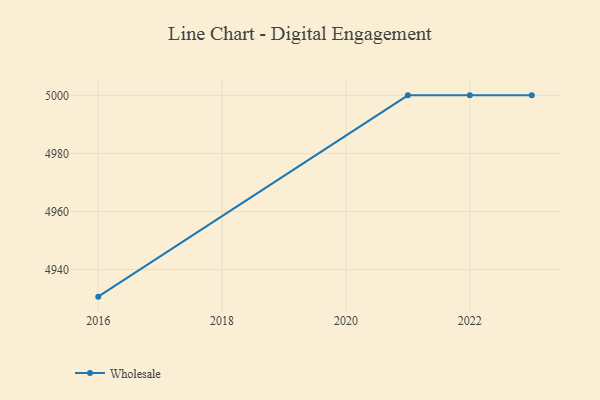
{"axis": {"x": "Year", "y": "Website Visitors"}, "legend": ["Wholesale"], "data": [{"x": "2016", "y": 4930.7, "type": "Wholesale"}, {"x": "2021", "y": 5000, "type": "Wholesale"}, {"x": "2023", "y": 5000, "type": "Wholesale"}, {"x": "2022", "y": 5000, "type": "Wholesale"}]}